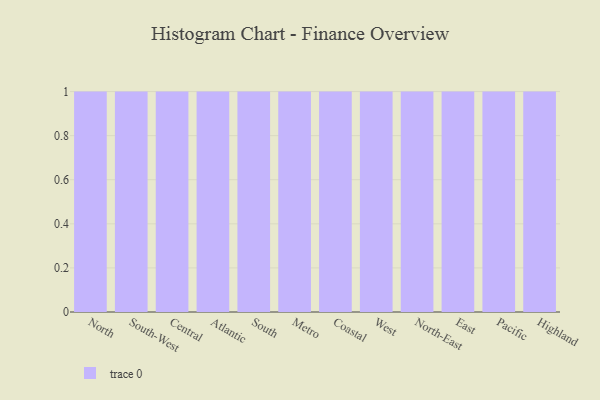
{"axis": {"x": "Region", "y": "Temperature (°C)"}, "legend": [""], "data": [{"x": "North", "y": 10, "type": ""}, {"x": "South-West", "y": 62, "type": ""}, {"x": "Central", "y": 78, "type": ""}, {"x": "Atlantic", "y": 27, "type": ""}, {"x": "South", "y": 29, "type": ""}, {"x": "Metro", "y": 58, "type": ""}, {"x": "Coastal", "y": 77, "type": ""}, {"x": "West", "y": 69, "type": ""}, {"x": "North-East", "y": 76, "type": ""}, {"x": "East", "y": 16, "type": ""}, {"x": "Pacific", "y": 67, "type": ""}, {"x": "Highland", "y": 43, "type": ""}]}